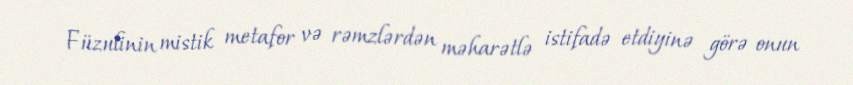
Füzulinin mistik metafor və rəmzlərdən məharətlə istifadə etdiyinə görə onun